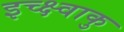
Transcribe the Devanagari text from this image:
इच्क्ष्वाकु